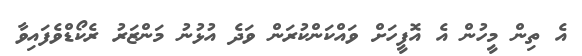
އެ ތިން މީހުން އެ އޮފީހަށް ވައްކަންކުރަން ވަދެ އުޅުނު މަންޒަރު ރެކޯޑްވެފައިވާ